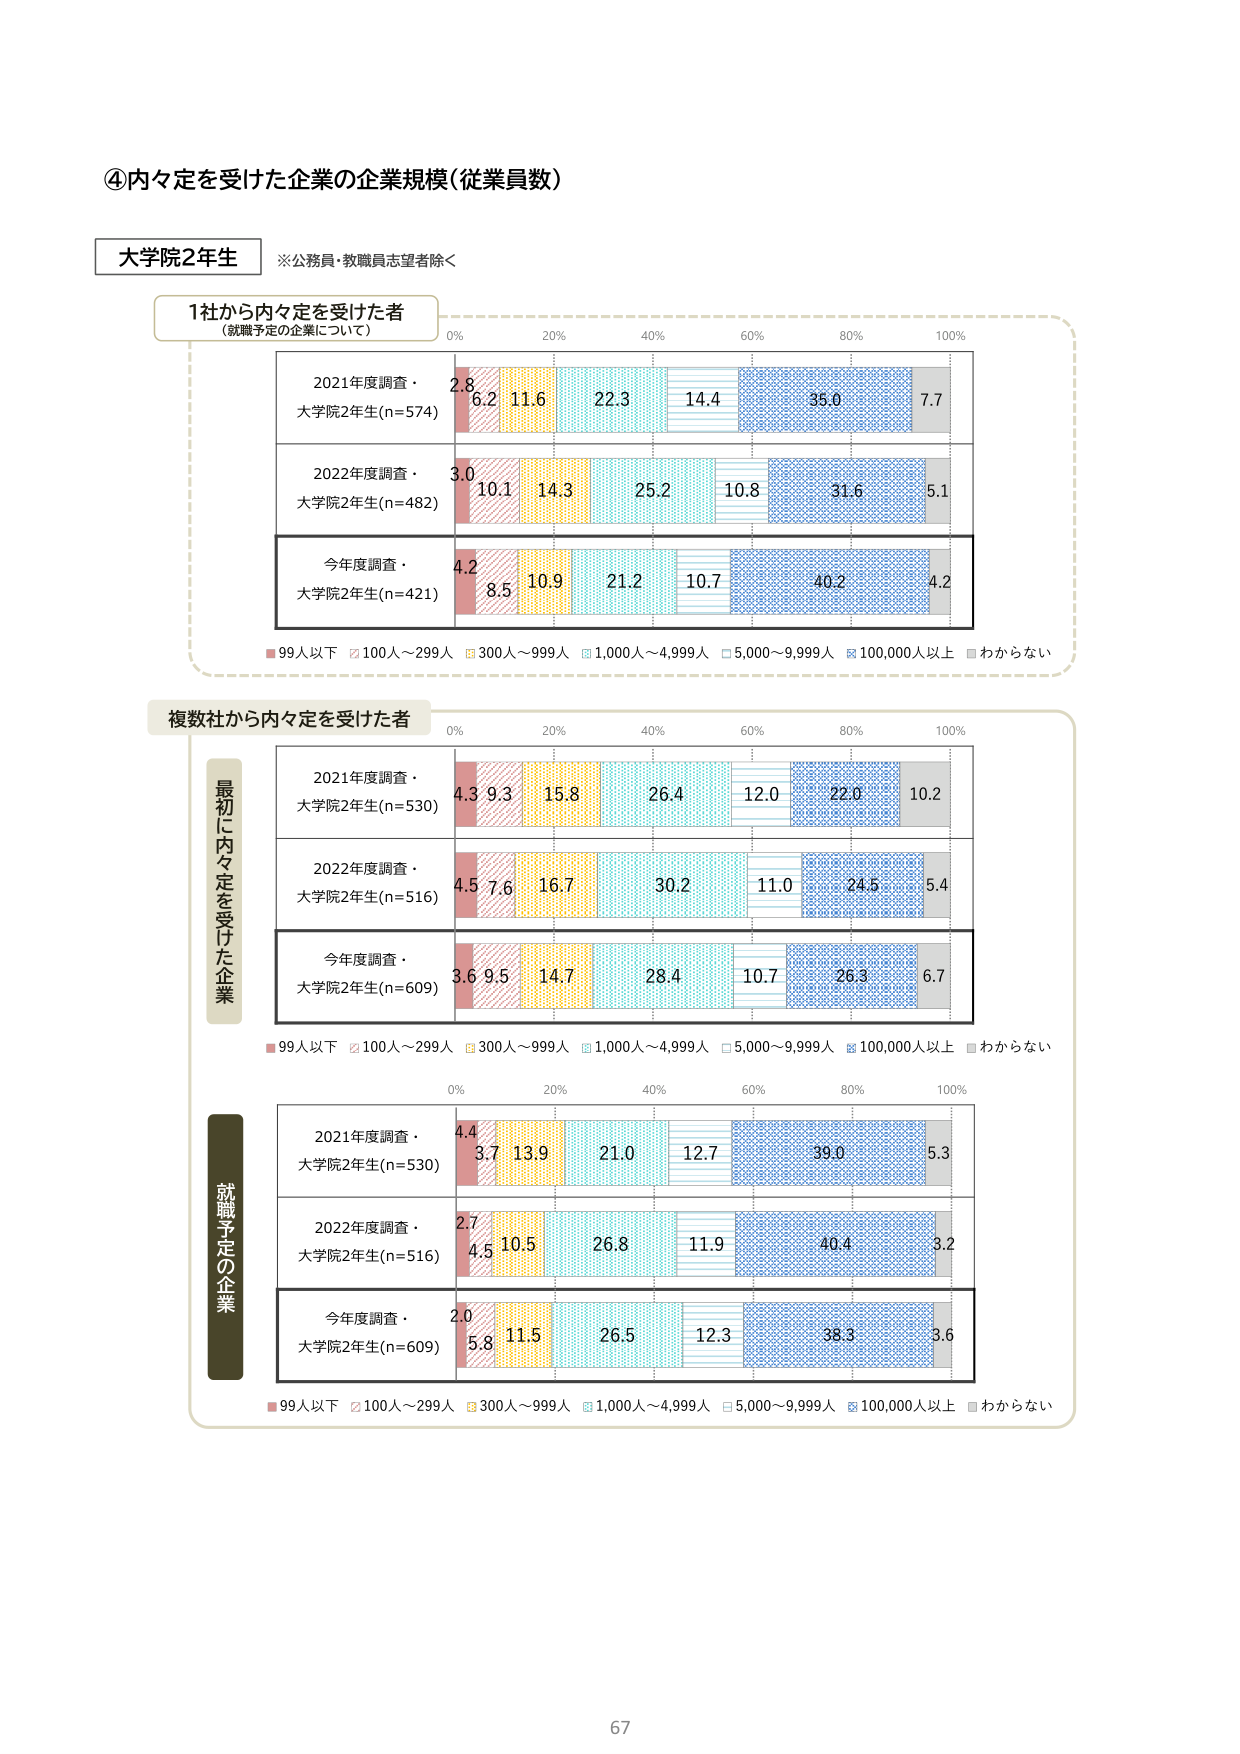
④内々定を受けた企業の企業規模（従業員数）

大学院2年生
※公務員・教職員志望者除く

1社から内々定を受けた者
（就職予定の企業について）

2021年度調査・
大学院2年生(n=574)
2.8 6.2 11.6 22.3 14.4 35.0 7.7

2022年度調査・
大学院2年生(n=482)
3.0 10.1 14.3 25.2 10.8 31.6 5.1

今年度調査・
大学院2年生(n=421)
4.2 8.5 10.9 21.2 10.7 40.2 4.2

99人以下 100人～299人 300人～999人 1,000人～4,999人 5,000～9,999人 100,000人以上 わからない

複数社から内々定を受けた者

最初に内々定を受けた企業

2021年度調査・
大学院2年生(n=530)
4.3 9.3 15.8 26.4 12.0 22.0 10.2

2022年度調査・
大学院2年生(n=516)
4.5 7.6 16.7 30.2 11.0 24.5 5.4

今年度調査・
大学院2年生(n=609)
3.6 9.5 14.7 28.4 10.7 26.3 6.7

99人以下 100人～299人 300人～999人 1,000人～4,999人 5,000～9,999人 100,000人以上 わからない

就職予定の企業

2021年度調査・
大学院2年生(n=530)
4.4 3.7 13.9 21.0 12.7 39.0 5.3

2022年度調査・
大学院2年生(n=516)
2.7 4.5 10.5 26.8 11.9 40.4 3.2

今年度調査・
大学院2年生(n=609)
2.0 5.8 11.5 26.5 12.3 38.3 3.6

99人以下 100人～299人 300人～999人 1,000人～4,999人 5,000～9,999人 100,000人以上 わからない

67